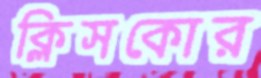
ক্লিসকোর